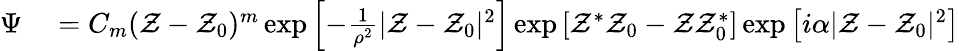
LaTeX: \begin{array}{rl}{\Psi}&{{}=C_{m}(\mathcal{Z}-\mathcal{Z}_{0})^{m}\exp\left[-\frac{1}{\rho^{2}}|\mathcal{Z}-\mathcal{Z}_{0}|^{2}\right]\exp\left[\mathcal{Z}^{*}\mathcal{Z}_{0}-\mathcal{Z}\mathcal{Z}_{0}^{*}\right]\exp\left[i\alpha|\mathcal{Z}-\mathcal{Z}_{0}|^{2}\right]}\end{array}